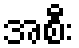
အစီး